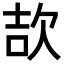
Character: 欯